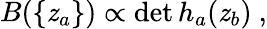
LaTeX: B(\{ \mathit{z}_{a}\} )\propto\operatorname*{det}h_{a}(\mathit{z}_{b})\ ,